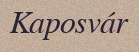
Kaposvár